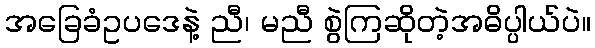
အခြေခံဥပဒေနဲ့ ညီ၊ မညီ စွဲကြဆိုတဲ့အဓိပ္ပါယ်ပဲ။